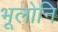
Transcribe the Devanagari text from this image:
भूलोनि